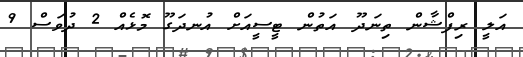
އަލީ ރިފްޝާން ތިނަދޫ އަތުން ޓީސީއަށް އުނދަގޫ މޮޅެއް 2 ދުވަސް 9